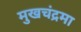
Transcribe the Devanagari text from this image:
मुखचंद्रमा